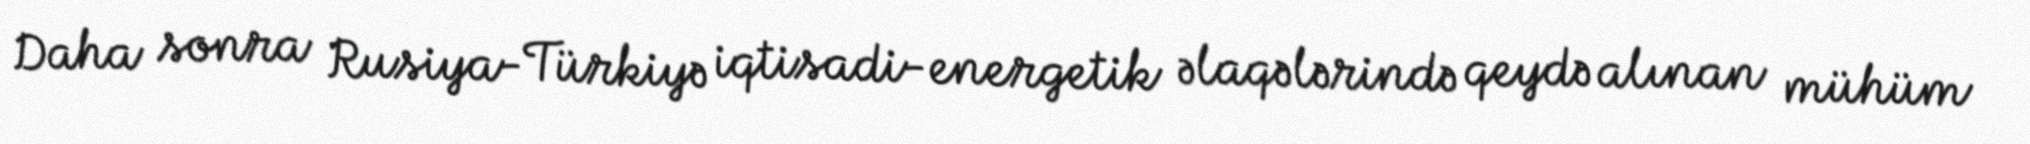
Daha sonra Rusiya-Türkiyə iqtisadi-energetik əlaqələrində qeydə alınan mühüm